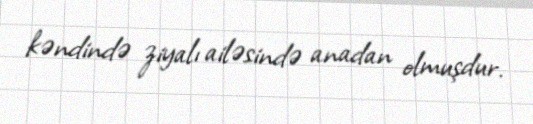
kəndində ziyalı ailəsində anadan olmuşdur.